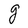
Character: g